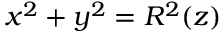
x ^ { 2 } + y ^ { 2 } = R ^ { 2 } ( z )